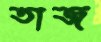
তাজ